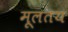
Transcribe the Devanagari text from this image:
मूलतय